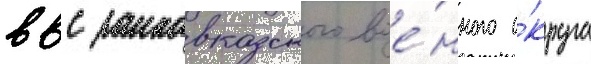
ввс закавказского вое́нного о́круга